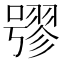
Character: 𡀒